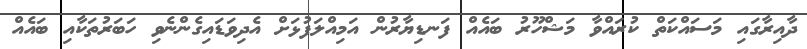
ދާއިރާގައި މަސައްކަތް ކުރައްވާ މަޝްހޫރު ބައެއް ފަނޑިޔާރުން އަމިއްލަފުޅަށް އެދިވަޑައިގެންނެވި ހަބަރުތަކާއި ބައެއް